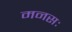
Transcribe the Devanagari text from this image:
मनसः